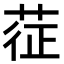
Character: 𦲵